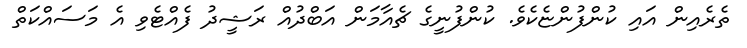
ތެރެއިން އައި ކުންފުންޏެކެވެ. ކުންފުނީގެ ޗެއާމަން އަބްދުއް ރަޝީދު ފެއްޓެވި އެ މަސައްކަތް